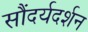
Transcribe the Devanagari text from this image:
सौंदर्यदर्शन